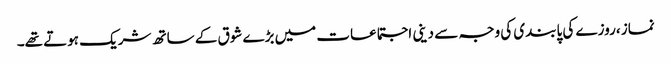
نماز ،روزے کی پابندی کی وجہ سے دینی اجتماعات میں بڑے شوق کے ساتھ شریک ہوتے تھے۔